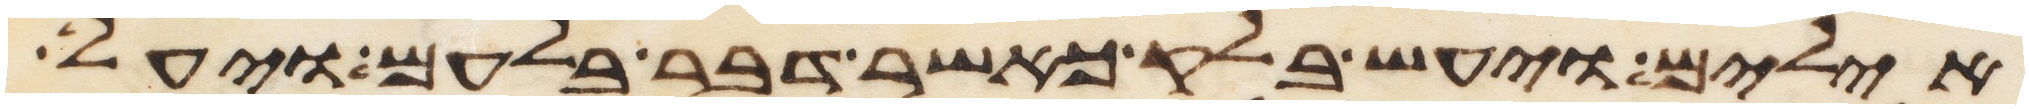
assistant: אילים ויעש בלק כאשר דבר בלעם ויעל